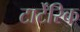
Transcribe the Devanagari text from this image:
टार्टेंरिक